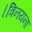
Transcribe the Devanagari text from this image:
।त्रिनयना